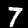
Label: 7